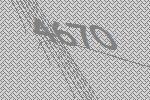
4670